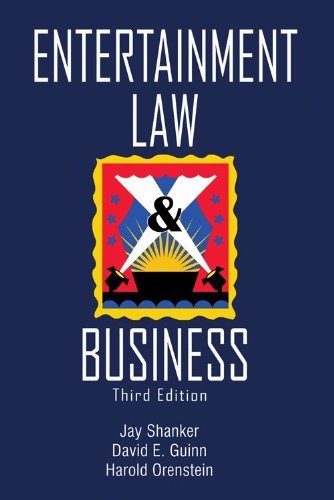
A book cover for Entertainment Law & Business - 3rd Edition; Jay Shanker; Law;